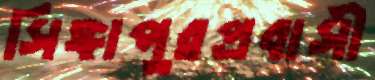
সিঙ্গাপুরপ্রবাসী